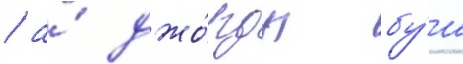
/ а́ джо́рдж бу́ш